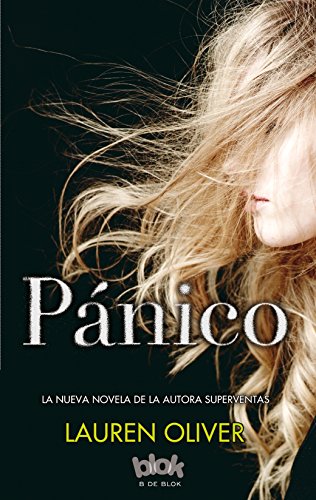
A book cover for Panico (Spanish Edition); Lauren Oliver; Teen & Young Adult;